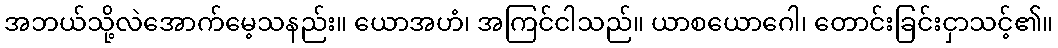
အဘယ်သို့လဲအောက်မေ့သနည်း။ ယောအဟံ၊ အကြင်ငါသည်။ ယာစယောဂေါ၊ တောင်းခြင်းငှာသင့်၏။